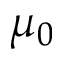
\mu _ { 0 }